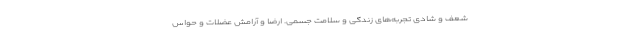
شعف و شادی تجربه‌های زندگی و سلامت جسمی. ارضا و آرامش عضلات و حواس